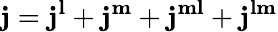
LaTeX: \mathbf{j}=\mathbf{j}^{\mathbf{l}}+\mathbf{j}^{\mathbf{m}}+\mathbf{j}^{\mathbf{ml}}+\mathbf{j}^{\mathbf{lm}}